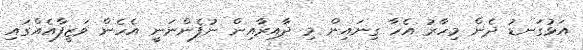
އަޅުގަނޑު ދެން މިހާރު އެހާ ގިނައިން މި ދާއިރާއިން ނުފެންނަނީ އެހެން ވަޒީފާއެއްގައި